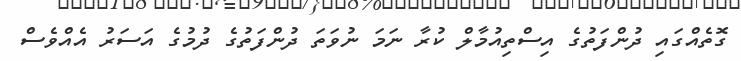
ގޮތެއްގައި ދުންފަތުގެ އިސްތިއުމާލް ކުރާ ނަމަ ނުވަތަ ދުންފަތުގެ ދުމުގެ އަސަރު އެއްވެސް